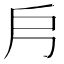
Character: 𭟿